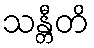
သန္တီတိ